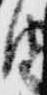
由